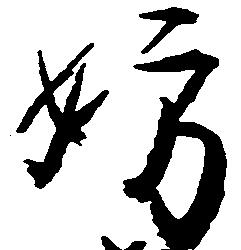
妨